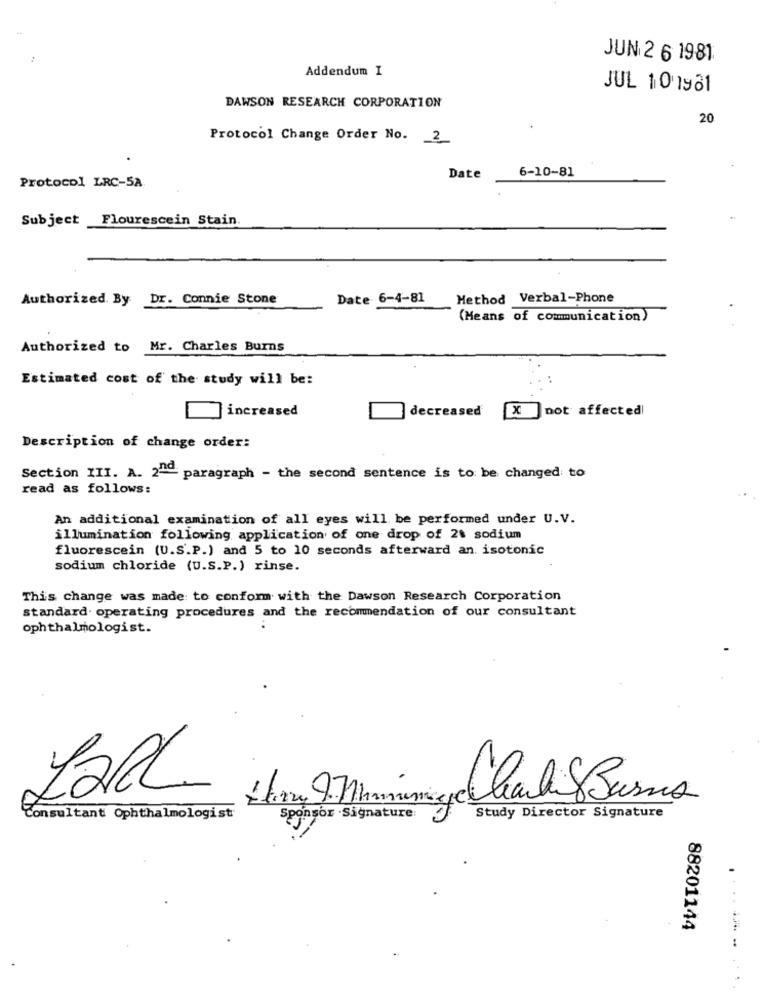
-
JUN 2 6 1981
Addendum I
JUL 10 1981
DAWSON RESEARCH CORPORATION
20
Protocol Change Order No. 2
Date
6-10-81
Protocol LRC-58
Subject Flourescein Stain
Authorized. By Dr. Connie Stone
Date 6-4-81
Method Verbal-Phone
(Means of communication)
Authorized to Mr. Charles Burns
Estimated cost of the study will be:
increased
decreased
X
Jnot affected
Description of change order:
Section III. A. 210 paragraph - the second sentence is to be changed to
read as follows:
An additional examination of all eyes will be performed under U.V.
illumination following application of one drop of 2% sodium
fluorescein (U.S.P.) and 5 to 10 seconds afterward an. isotonic
sodium chloride (U.S.P.) rinse.
This change was made to conform with the Dawson Research Corporation
standard. operating procedures and the recommendation of our consultant
ophthalmologist.
Lad
Consultant Ophthalmologist
Study Director Signature
Sponsor ·Signature
88201144
...--